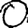
Digit: 0